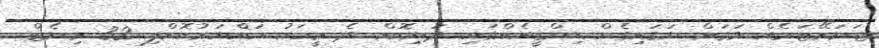
ޖަނަރޭޓަރެއް ވަގަށް ނަގައިގެން ޑިންގީއެއްގައި ދަނިކޮށް ދެ މީހަކު ހައްޔަރުކޮށްފި 32 މިނެޓް